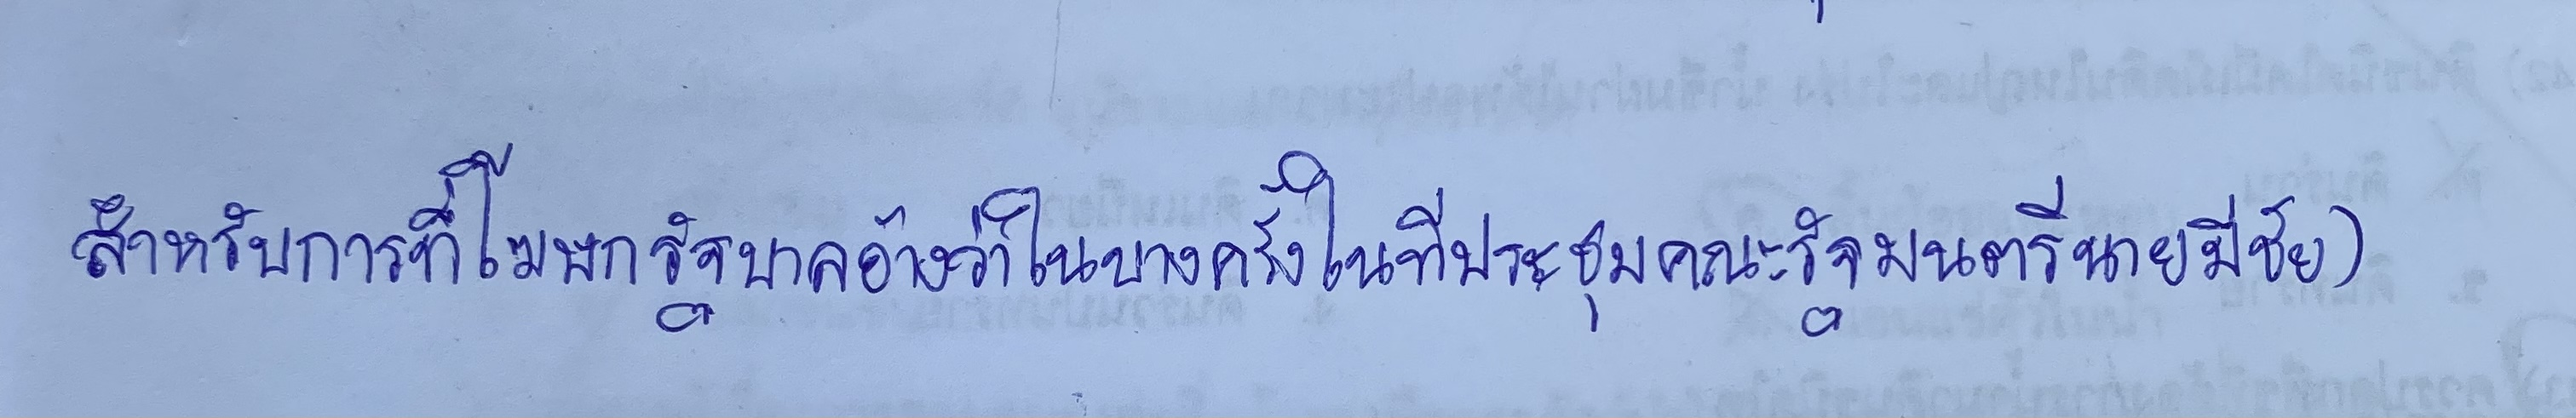
สำหรับการที่โฆษกรัฐบาลอ้างว่าในบางครั้งในที่ประชุมคณะรัฐมนตรีนายมีชัย)